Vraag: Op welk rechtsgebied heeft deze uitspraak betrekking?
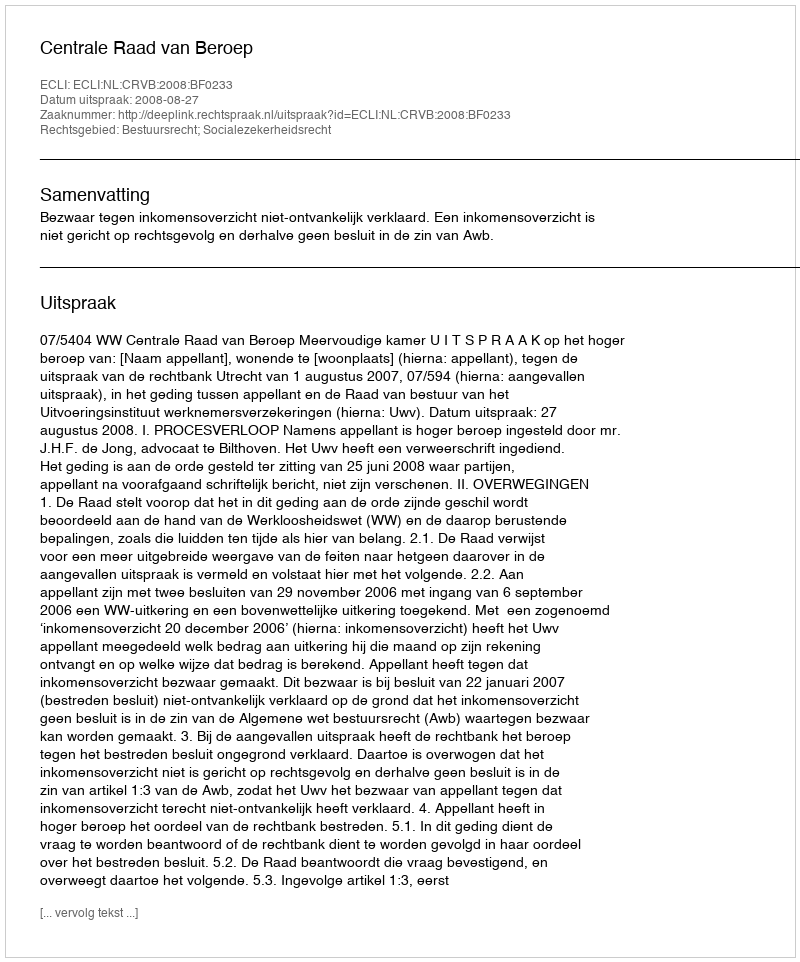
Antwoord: Bestuursrecht; Socialezekerheidsrecht